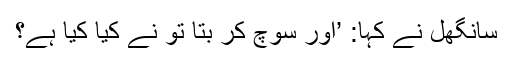
سانگھل نے کہا: ’اور سوچ کر بتا تُو نے کیا کیا ہے؟